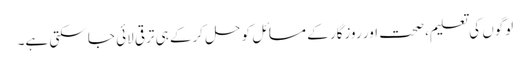
لوگوں کی تعلیم، صحت اور روزگار کے مسائل کو حل کرکے ہی ترقی لائی جا سکتی ہے۔